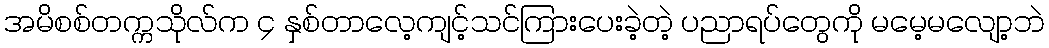
အမိစစ်တက္ကသိုလ်က ၄ နှစ်တာလေ့ကျင့်သင်ကြားပေးခဲ့တဲ့ ပညာရပ်တွေကို မမေ့မလျော့ဘဲ